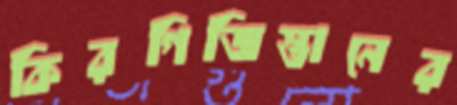
কিরগিজিস্তানের